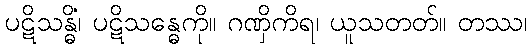
ပဋိသန္ဓိံ၊ ပဋိသန္ဓေကို။ ဂဏှိကိရ၊ ယူသတတ်။ တဿ၊